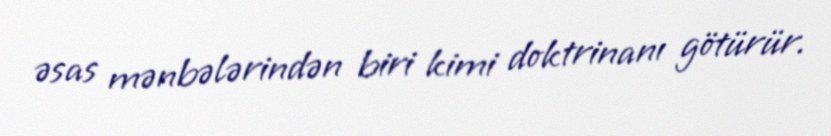
əsas mənbələrindən biri kimi doktrinanı götürür.